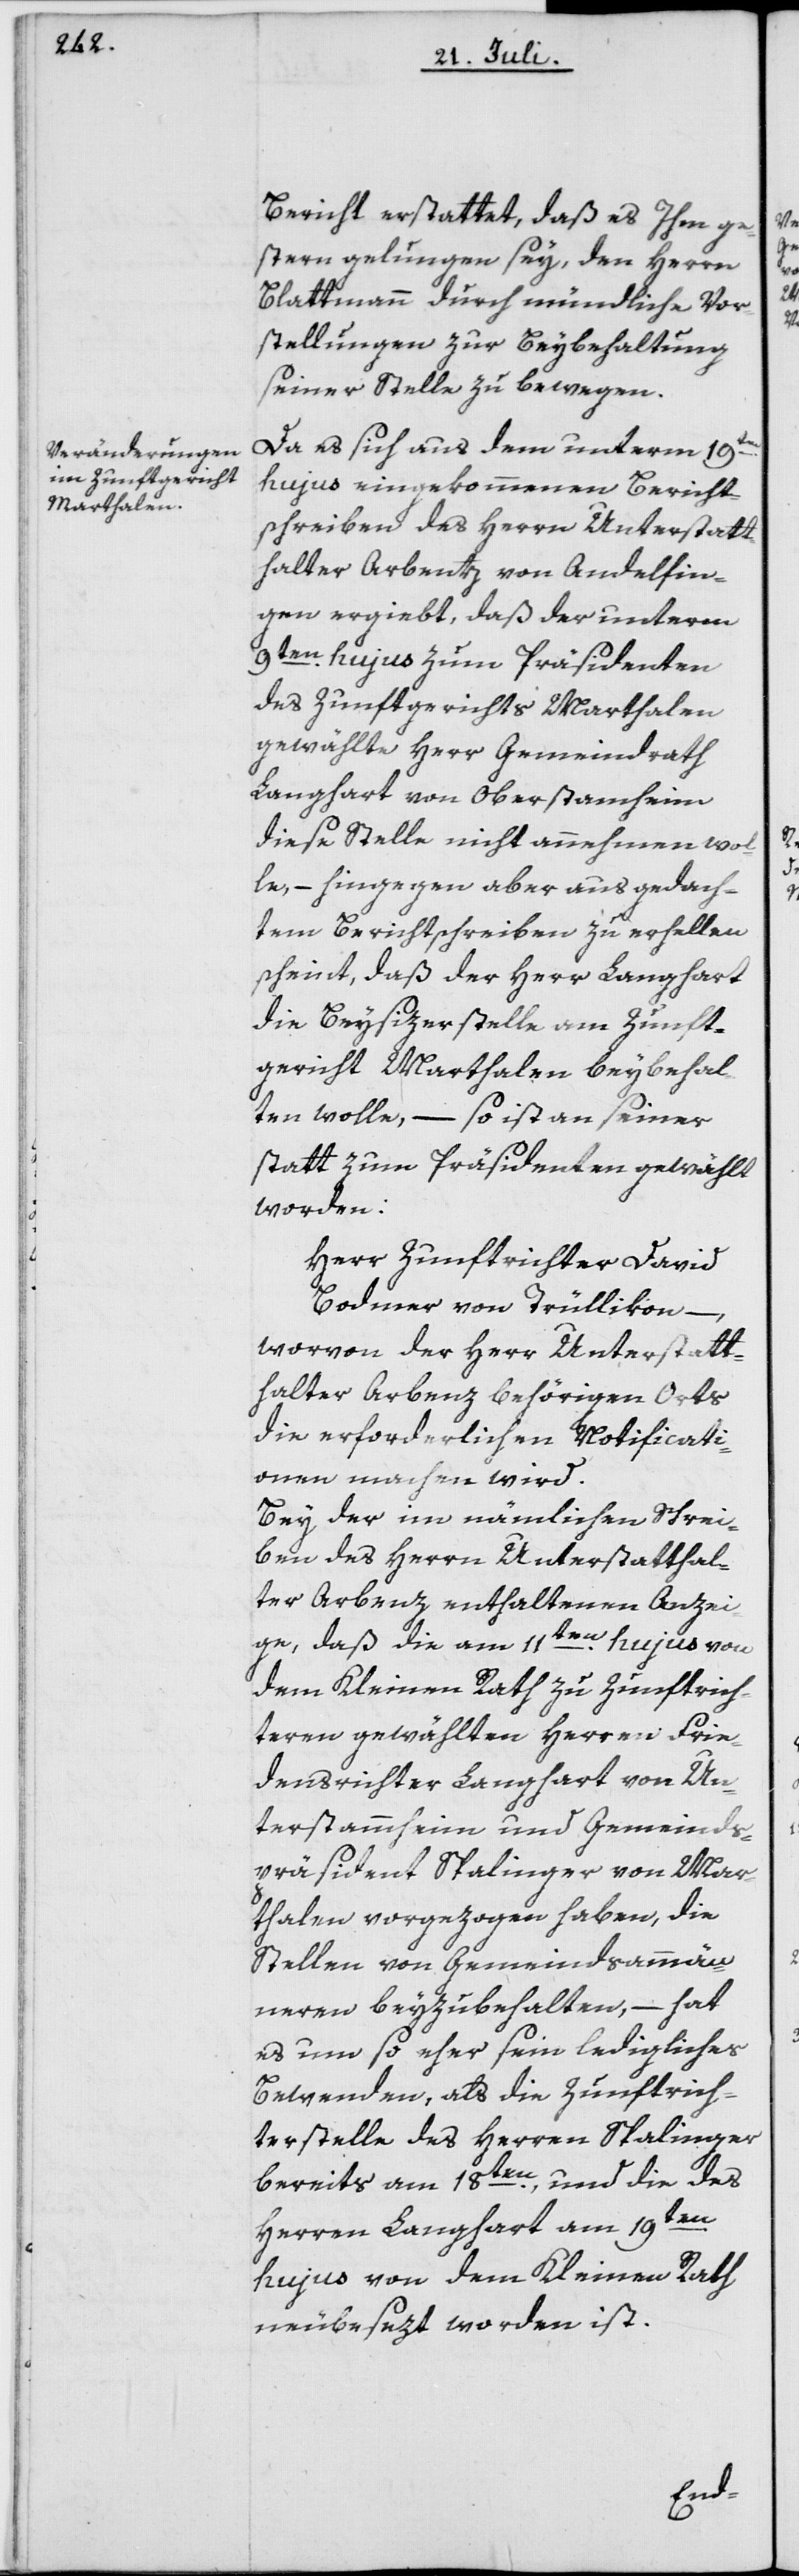
Bericht erstattet, daß es Ihm ge¬
stern gelungen sey, den Herrn
Blattmann durch mündliche Vor¬
stellungen zur Beybehaltung
seiner Stelle zu bewegen.
Da es sich aus dem unterm 19ten
hujus eingekommenen Bericht¬
schreiben des Herrn Unterstatt¬
halter Arbentz von Andelfin¬
gen ergiebt, daß der unterm
9ten hujus zum Präsidenten
des Zunftgerichts Marthalen
gewählte Herr Gemeindrath
Langhart von Oberstamheim
diese Stelle nicht annehmen wol¬
le, – hingegen aber aus gedach¬
tem Berichtschreiben zu erhellen
scheint, daß der Herr Langhart
die Beysizerstelle am Zunft¬
gericht Marthalen beybehal¬
ten wolle, – so ist an seiner
statt zum Präsidenten gewählt
worden:
Herr Zunftrichter David
Bodmer von Trüllikon –
worvon der Herr Unterstat¬
die erforderlichen Notificati¬
onen machen wird.
Bey der im nämlichen Schrei¬
ben des Herrn Unterstatthal¬
ter Arbenz enthaltenen Anzei¬
ge, daß die am 11ten hujus von
dem Kleinen Rath zu Zunftrich¬
teren gewählten Herren Frie¬
densrichter Langhart von Un¬
terstammheim und Gemeinds¬
präsident Spalinger von Mar¬
thalen vorgezogen haben, die
Stellen von Gemeindsammän¬
neren beyzubehalten, – hat
es um so eher sein ledigliches
Bewenden, als die Zunftrich¬
terstelle des Herren Spalinger
bereits am 18ten, und die des
Herren Langhart am 19ten
hujus von dem Kleinen Rath
neubesezt worden ist.
thalter